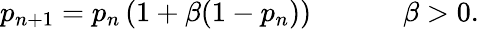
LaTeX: p_{n+1}=p_{n}\left(1+\beta(1-p_{n})\right)~~~~~~~~~~~~~\beta>0.